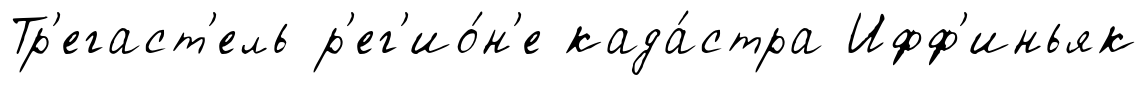
Тр'егаст'ель р'ег'ио́н'е када́стра Ифф'иньяк